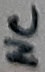
Text: NC